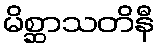
မိစ္ဆာသတိနီ